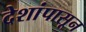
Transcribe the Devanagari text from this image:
देशांपासून